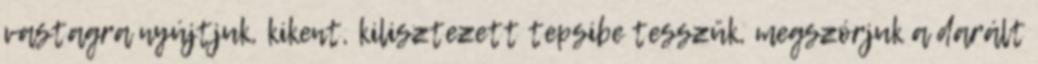
vastagra nyújtjuk, kikent, kilisztezett tepsibe tesszük, megszórjuk a darált